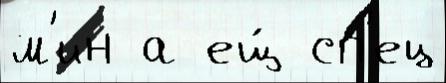
м'ин а ещ́ сп'ец